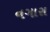
નગારા